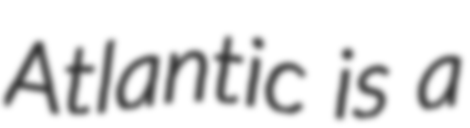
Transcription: Atlantic is a